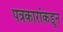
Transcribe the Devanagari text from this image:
पत्रकारांकडून